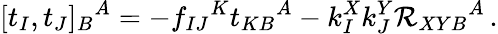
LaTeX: [t_{I},t_{J}]_{B}{}^{A}=-f_{IJ}{}^{K}t_{KB}{}^{A}-k_{I}^{X}k_{J}^{Y}{\cal R}_{XYB}{}^{A}\, .